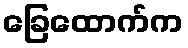
ခြေထောက်က